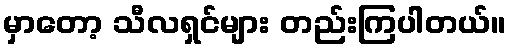
မှာတော့ သီလရှင်များ တည်းကြပါတယ်။